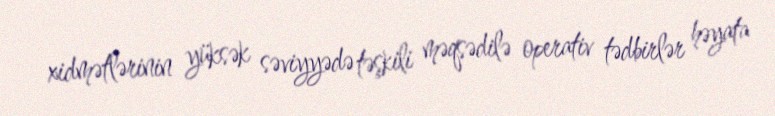
xidmətlərinin yüksək səviyyədə təşkili məqsədilə operativ tədbirlər həyata